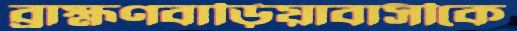
ব্রাহ্মণবাড়িয়াবাসীকে